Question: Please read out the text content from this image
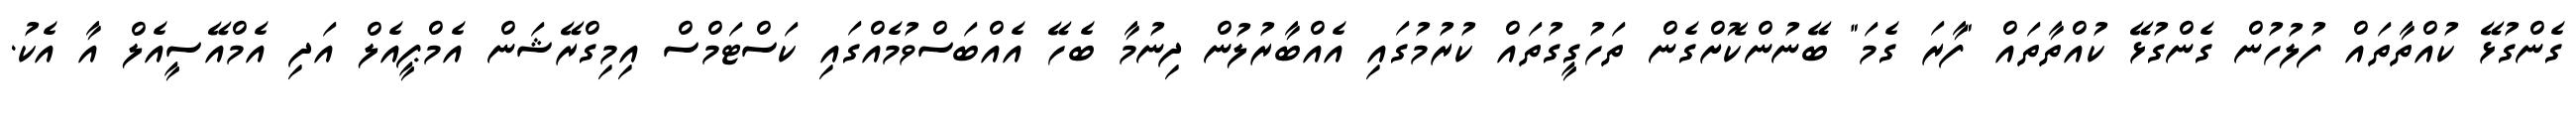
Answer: ގެންގުޅޭ ކުއްތާތައް ފުލުހުން ގެންގުޅޭ ކުއްތާތައް "ފާރަ ގެމަ" ބޭނުންކޮށްގެން ތަހުގީގުތައް ކުރުމުގައި އެއްބާރުލުން ދިނުމާ ބެހޭ އެއްބަސްވުމެއްގައި ކަސްޓަމްސް އިމިގްރޭޝަން އެމްޕީއެލް އަދި އެމްއޭސީއެލް އާ އެކު.